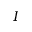
I